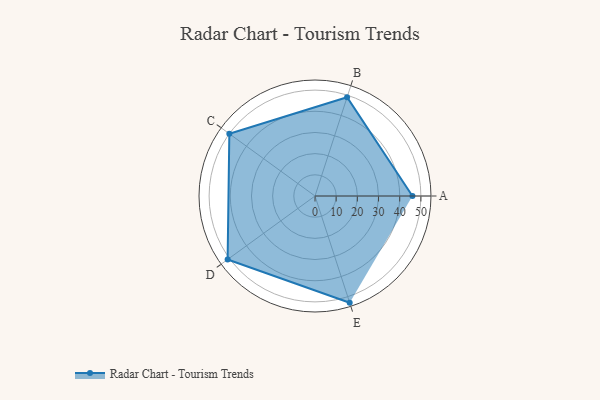
{"axis": {"x": "Skill", "y": "Score"}, "legend": ["Profile"], "data": [{"x": "A", "y": 46.0, "type": "Profile"}, {"x": "B", "y": 49.0, "type": "Profile"}, {"x": "C", "y": 50.0, "type": "Profile"}, {"x": "D", "y": 51.0, "type": "Profile"}, {"x": "E", "y": 53.0, "type": "Profile"}]}